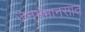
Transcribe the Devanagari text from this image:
जनममानसात